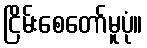
ငြိမ်းစေတော်မူပုံ။